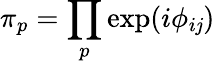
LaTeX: \pi_{p}=\prod_{p}\exp(i\phi_{i\mathit{j}})